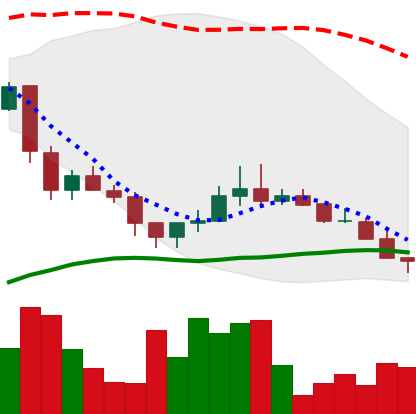
Ticker: LINK-USD
Chart end date: 2018-12-07
Forward return: 4.754%
Label: up_3_5